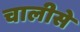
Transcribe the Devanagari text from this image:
चालीसे